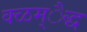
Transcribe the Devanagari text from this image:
क्ळम्ैद्ध